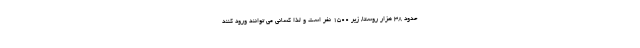
حدود ۳۸ هزار روستا, زیر ۱۵۰۰ نفر است و لذا کسانی می توانند ورود کنند